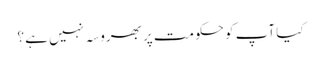
کیا آپ کو حکومت پر بھروسہ نہیں ہے ؟